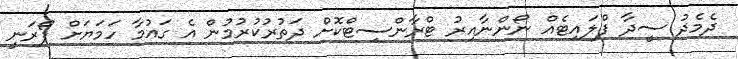
ދެމެދު ސީދާ ފްލައިޓެއް ނޯންނާއިރު ޓްރާންސިޓްކޮށް ދަތުރުކުރުމުން އެ ގައުމާ ހަމަޔަށް ފޯރަނީ